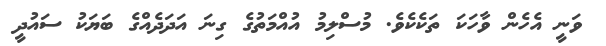
ވަނީ އެހެން ވާހަކަ ތަކެކެވެ. މުސްލިމު އުއްމަތުގެ ގިނަ އަދަދެއްގެ ބަޔަކު ސައުދީ